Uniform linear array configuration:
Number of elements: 48
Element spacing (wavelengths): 0.75
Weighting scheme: uniform
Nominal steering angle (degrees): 15
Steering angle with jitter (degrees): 16.53
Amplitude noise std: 0.05
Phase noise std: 0.05

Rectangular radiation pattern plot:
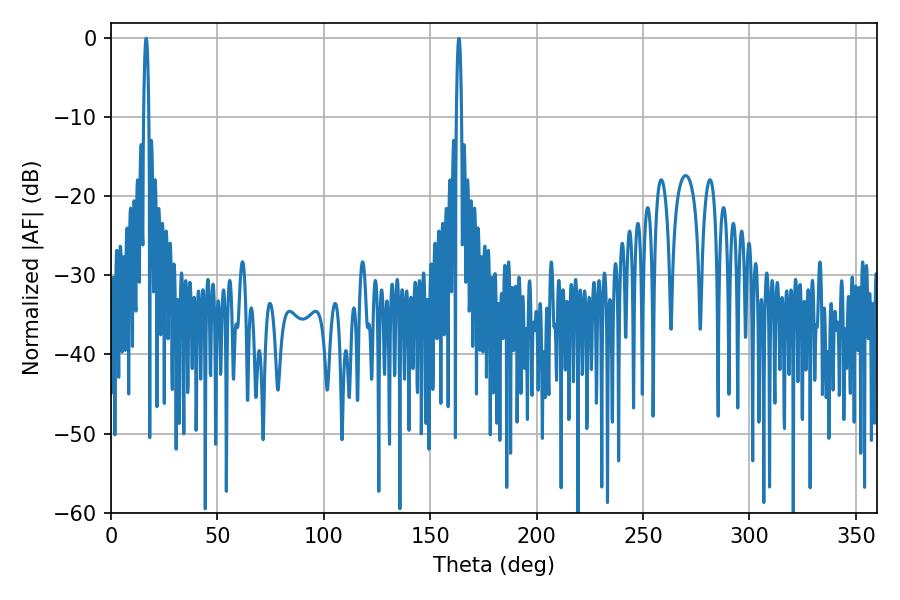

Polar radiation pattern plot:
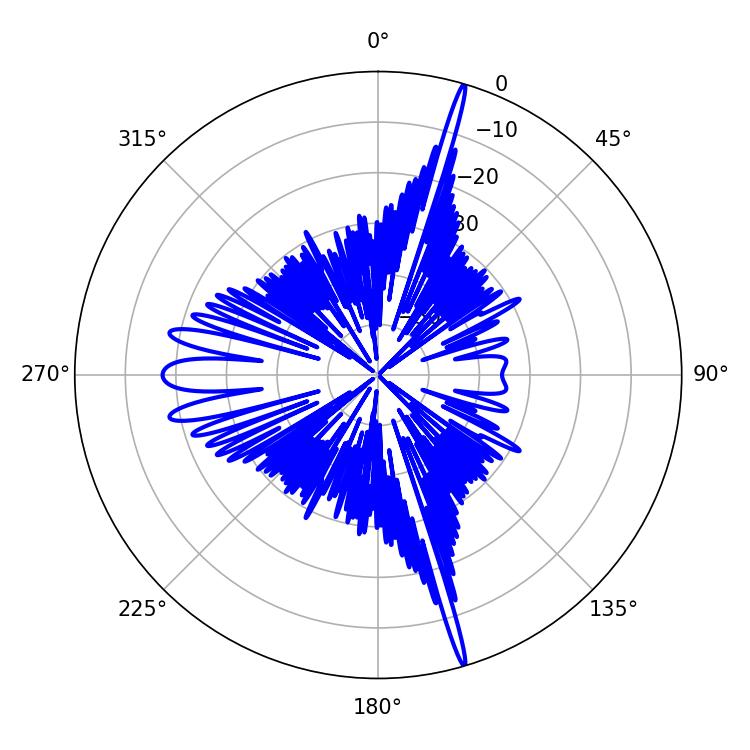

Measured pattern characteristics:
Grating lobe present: TRUE
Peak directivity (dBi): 22.753
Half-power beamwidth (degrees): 1.26
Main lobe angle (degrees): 163.44